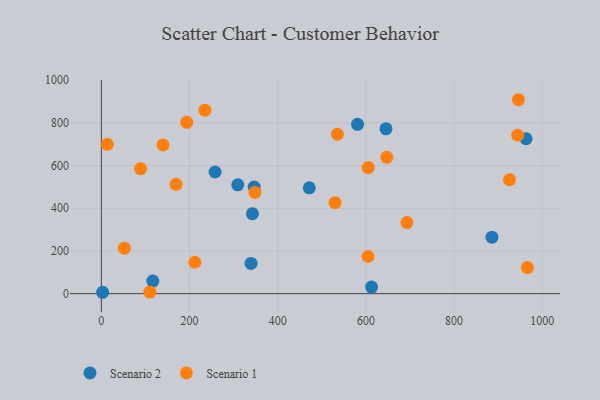
{"axis": {"x": "Experience", "y": "Fuel Efficiency"}, "legend": ["Scenario 1", "Scenario 2"], "data": [{"x": "339.5", "y": 141.5, "type": "Scenario 2"}, {"x": "471.6", "y": 495.8, "type": "Scenario 2"}, {"x": "645.6", "y": 772.2, "type": "Scenario 2"}, {"x": "581.0", "y": 793.3, "type": "Scenario 2"}, {"x": "885.8", "y": 264.3, "type": "Scenario 2"}, {"x": "309.4", "y": 509.8, "type": "Scenario 2"}, {"x": "258.0", "y": 569.8, "type": "Scenario 2"}, {"x": "342.7", "y": 374.6, "type": "Scenario 2"}, {"x": "116.7", "y": 58.8, "type": "Scenario 2"}, {"x": "2.9", "y": 6.4, "type": "Scenario 2"}, {"x": "346.6", "y": 499.1, "type": "Scenario 2"}, {"x": "963.2", "y": 725.9, "type": "Scenario 2"}, {"x": "612.9", "y": 30.8, "type": "Scenario 2"}, {"x": "966.2", "y": 122.2, "type": "Scenario 1"}, {"x": "693.1", "y": 332.7, "type": "Scenario 1"}, {"x": "193.6", "y": 802.6, "type": "Scenario 1"}, {"x": "945.8", "y": 908.3, "type": "Scenario 1"}, {"x": "647.4", "y": 638.6, "type": "Scenario 1"}, {"x": "944.3", "y": 741.8, "type": "Scenario 1"}, {"x": "604.8", "y": 174.0, "type": "Scenario 1"}, {"x": "530.1", "y": 426.3, "type": "Scenario 1"}, {"x": "109.9", "y": 7.4, "type": "Scenario 1"}, {"x": "535.3", "y": 746.7, "type": "Scenario 1"}, {"x": "212.0", "y": 147.1, "type": "Scenario 1"}, {"x": "605.2", "y": 590.4, "type": "Scenario 1"}, {"x": "139.8", "y": 696.8, "type": "Scenario 1"}, {"x": "348.5", "y": 473.9, "type": "Scenario 1"}, {"x": "13.5", "y": 699.4, "type": "Scenario 1"}, {"x": "235.0", "y": 859.5, "type": "Scenario 1"}, {"x": "88.9", "y": 585.3, "type": "Scenario 1"}, {"x": "925.7", "y": 533.8, "type": "Scenario 1"}, {"x": "169.5", "y": 511.9, "type": "Scenario 1"}, {"x": "52.1", "y": 213.1, "type": "Scenario 1"}]}